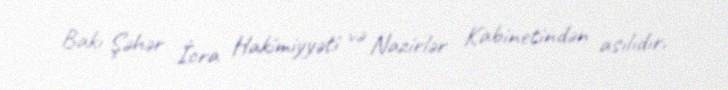
Bakı Şəhər İcra Hakimiyyəti və Nazirlər Kabinetindən asılıdır.